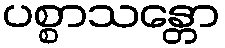
ပစ္စာသန္တော